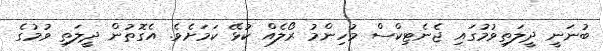
ބުނަނީ ދީލަތިވުމުގައި ޖެނެޓިކްސް މުހިންމު ރޯލެއް ކުޅޭ ކަމަށެވެ. އެގޮތުން ދީލަތި ވުމުގެ